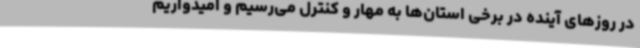
در روزهای آینده در برخی استان‌ها به مهار و کنترل می‌رسیم و امیدواریم